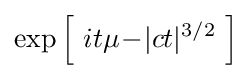
\exp \left[~it\mu \!-\!|ct|^{3/2}~\right]